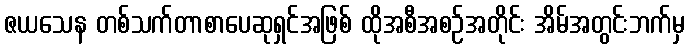
ဇယသေန တစ်သက်တာစာပေဆုရှင်အဖြစ် ထိုအစီအစဉ်အတိုင်း အိမ်အတွင်းဘက်မှ